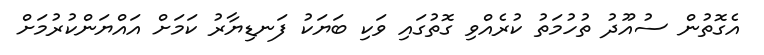
އެގޮތުން ސުއޫދު ތުހުމަތު ކުރެއްވި ގޮތުގައި ވަކި ބަޔަކު ފަނޑިޔާރު ކަމަށް އައްޔަންކުރުމަށް